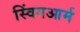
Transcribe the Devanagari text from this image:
स्विंगआर्म